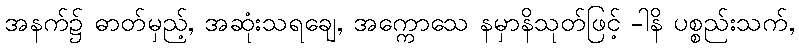
အနက်၌ ဓာတ်မှည့်, အဆုံးသရချေ, အက္ကောသေ နမှာနိသုတ်ဖြင့် -ါနိ ပစ္စည်းသက်,